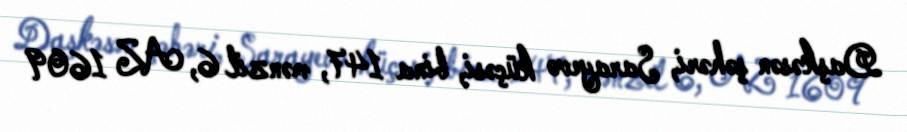
Daşkəsən şəhəri, Sarayevo küçəsi, bina 147, mənzil 6, AZ 1609